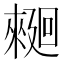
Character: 𰂿